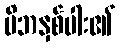
မိဘနှစ်ပါး၏